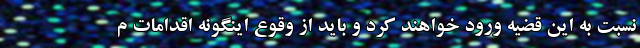
نسبت به این قضیه ورود خواهند کرد و باید از وقوع اینگونه اقدامات م